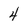
Character: 4